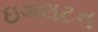
ઇગલટન